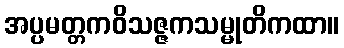
အပ္ပမတ္တကဝိသဇ္ဇကသမ္မုတိကထာ။